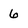
Character: 6